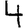
Digit: 4